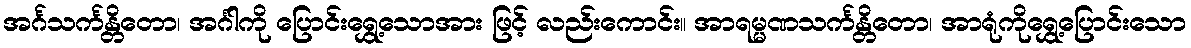
အင်္ဂသင်္ကန္တိတော၊ အင်္ဂါကို ပြောင်းရွှေ့သောအား ဖြင့် လည်းကောင်း။ အာရမ္မဏသင်္ကန္တိတော၊ အာရုံကိုရွှေ့ပြောင်းသော